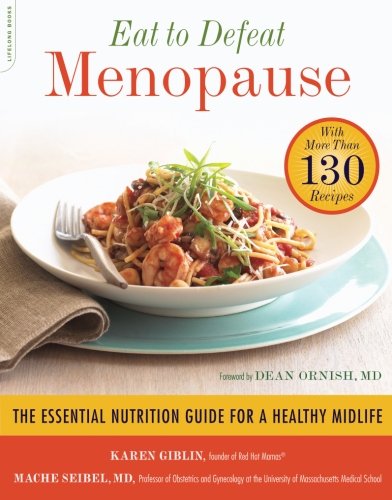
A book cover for Eat to Defeat Menopause: The Essential Nutrition Guide for a Healthy Midlife--with More Than 130 Recipes; Karen Giblin; Health, Fitness & Dieting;